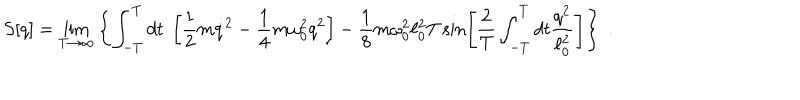
LaTeX: S [ q ] = \lim _ { T \rightarrow \infty } \left\{ \int _ { - T } ^ { T } d t \; \left[ \frac 1 2 m \dot { q } ^ { 2 } - \frac 1 4 m \omega _ { 0 } ^ { 2 } q ^ { 2 } \right] - \frac 1 8 m \omega _ { 0 } ^ { 2 } \ell _ { 0 } ^ { 2 } T \sin \left[ { \frac { 2 } { T } } \int _ { - T } ^ { T } d t { \frac { q ^ { 2 } } { \ell _ { 0 } ^ { 2 } } } \right] \right\} \; .